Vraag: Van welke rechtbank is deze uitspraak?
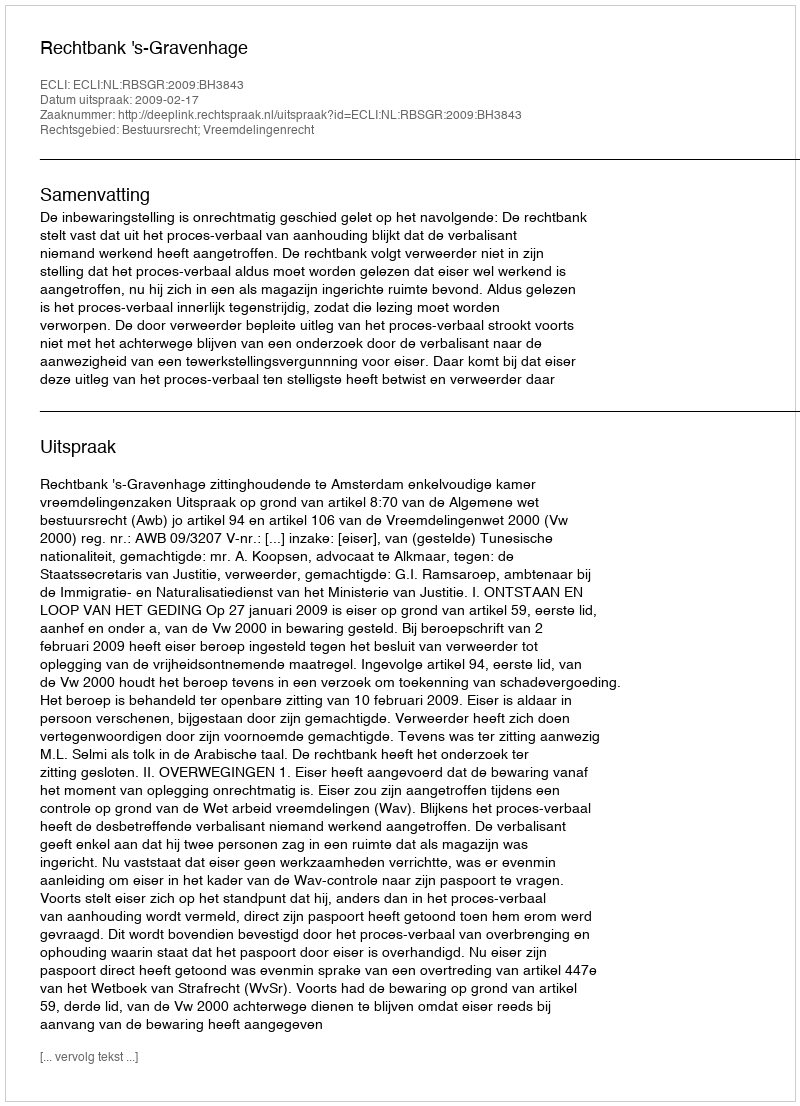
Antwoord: Rechtbank 's-Gravenhage